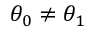
\theta _ { 0 } \neq \theta _ { 1 }